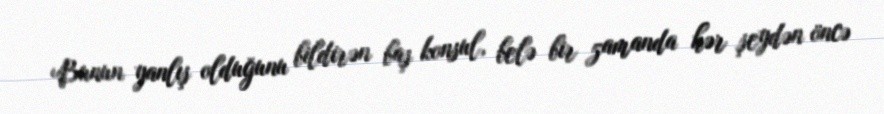
Bunun yanlış olduğunu bildirən baş konsul, belə bir zamanda hər şeydən öncə